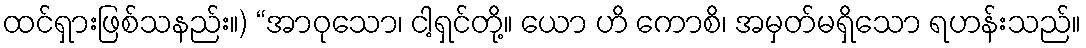
ထင်ရှားဖြစ်သနည်း။) “အာဝုသော၊ ငါ့ရှင်တို့။ ယော ဟိ ကောစိ၊ အမှတ်မရှိသော ရဟန်းသည်။